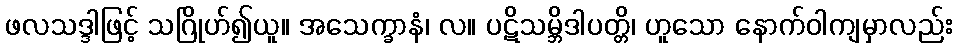
ဖလသဒ္ဒါဖြင့် သဂြိုဟ်၍ယူ။ အသေက္ခာနံ၊ လ။ ပဋိသမ္ဘိဒါပတ္တိ၊ ဟူသော နောက်ဝါကျမှာလည်း